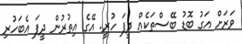
ވަރަށް އަގު ބޮޑު ބޭސްތަކެއް ދީފަ ހުރީ. އޭގެ އިތުރުން ދީފަ އެބަހުރި